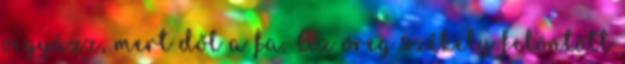
vigyázz, mert dől a fa. Az öreg székely felöntött